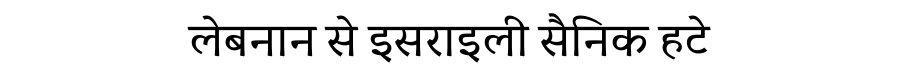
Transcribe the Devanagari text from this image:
लेबनान से इसराइली सैनिक हटे